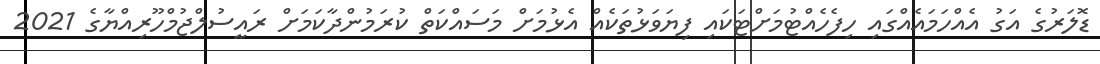
ޑޮލަރުގެ އަގު އެއްހަމައެއްގައި ހިފެހެއްޓުމަށްޓަކައި ފިޔަވަޅުތަކެއް އެޅުމަށް މަސައްކަތް ކުރަމުންދާކަމަށް ރައީސުލްޖުމްހޫރިއްޔާގެ 2021